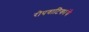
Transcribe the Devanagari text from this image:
रोपवाटिकांचे